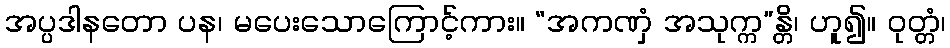
အပ္ပဒါနတော ပန၊ မပေးသောကြောင့်ကား။ “အကဏှံ အသုက္က”န္တိ၊ ဟူ၍။ ဝုတ္တံ၊